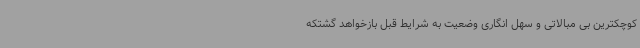
کوچکترین بی مبالاتی و سهل انگاری وضعیت به شرایط قبل بازخواهد گشتکه